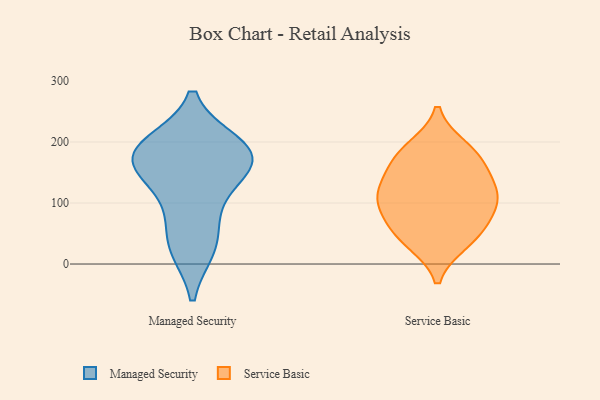
{"axis": {"x": "LTV (USD)", "y": "Value"}, "legend": ["Managed Security", "Service Basic"], "data": [{"x": "", "y": 195, "type": "Managed Security"}, {"x": "", "y": 85, "type": "Managed Security"}, {"x": "", "y": 167, "type": "Managed Security"}, {"x": "", "y": 166, "type": "Managed Security"}, {"x": "", "y": 27, "type": "Managed Security"}, {"x": "", "y": 128, "type": "Managed Security"}, {"x": "", "y": 175, "type": "Managed Security"}, {"x": "", "y": 30, "type": "Managed Security"}, {"x": "", "y": 176, "type": "Managed Security"}, {"x": "", "y": 196, "type": "Managed Security"}, {"x": "", "y": 92, "type": "Service Basic"}, {"x": "", "y": 125, "type": "Service Basic"}, {"x": "", "y": 189, "type": "Service Basic"}, {"x": "", "y": 173, "type": "Service Basic"}, {"x": "", "y": 60, "type": "Service Basic"}, {"x": "", "y": 104, "type": "Service Basic"}, {"x": "", "y": 132, "type": "Service Basic"}, {"x": "", "y": 173, "type": "Service Basic"}, {"x": "", "y": 37, "type": "Service Basic"}, {"x": "", "y": 105, "type": "Service Basic"}, {"x": "", "y": 45, "type": "Service Basic"}]}